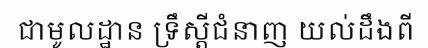
ជាមូលដ្ឋាន ទ្រឹស្តីជំនាញ យល់ដឹងពី